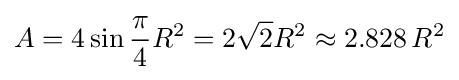
A=4\sin {\frac {\pi }{4}}R^{2}=2{\sqrt {2}}R^{2}\approx 2.828\,R^{2}